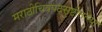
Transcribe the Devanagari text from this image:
मराठीचित्रपटसृष्टीतल्या